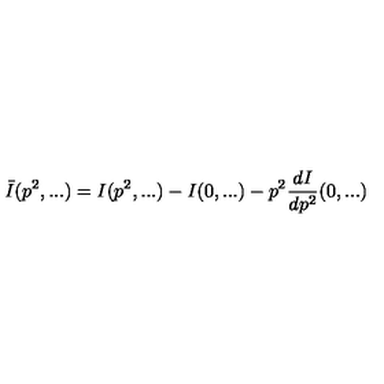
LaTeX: \bar { I } ( p ^ { 2 } , . . . ) = I ( p ^ { 2 } , . . . ) - I ( 0 , . . . ) - p ^ { 2 } \frac { d I } { d p ^ { 2 } } ( 0 , . . . )